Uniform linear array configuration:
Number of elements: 48
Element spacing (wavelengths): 1
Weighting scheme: hamming
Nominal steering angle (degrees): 30
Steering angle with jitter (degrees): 30.68
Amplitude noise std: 0.05
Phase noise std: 0.05

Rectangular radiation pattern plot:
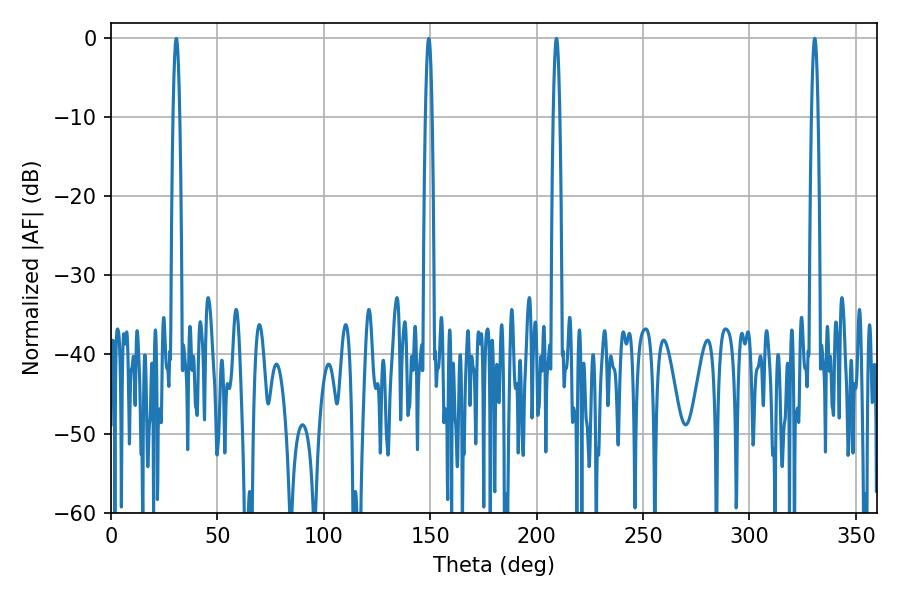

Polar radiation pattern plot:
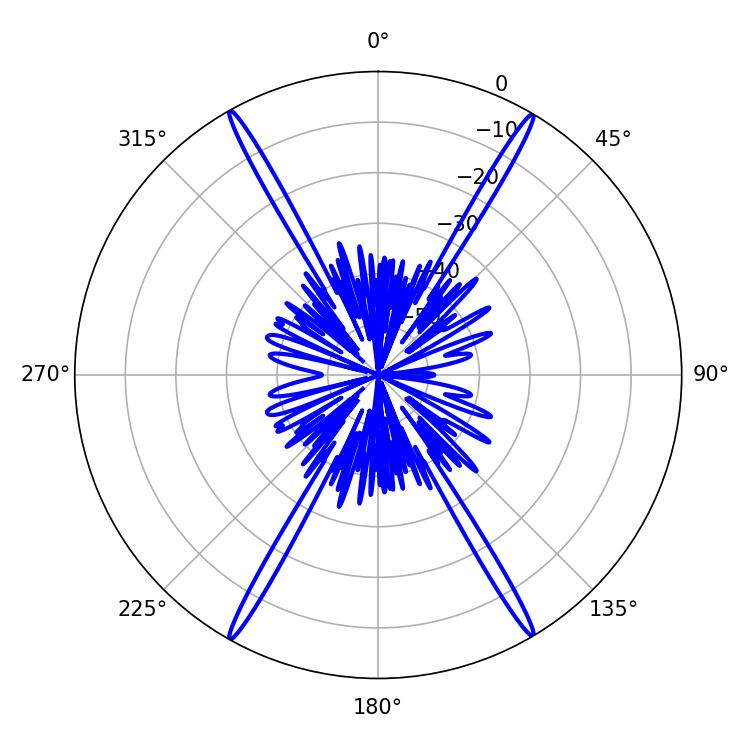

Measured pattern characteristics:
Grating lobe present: TRUE
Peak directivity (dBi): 30.385
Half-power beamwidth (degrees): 1.62
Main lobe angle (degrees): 330.66